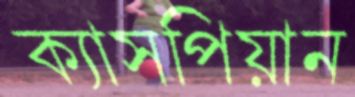
ক্যাসপিয়ান